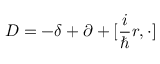
D = - \delta + \partial + [ \frac { i } { \hbar } r , \cdot ]